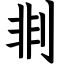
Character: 剕